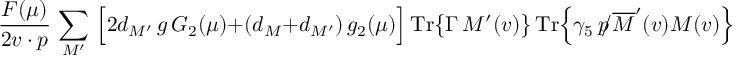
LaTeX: { \frac { F ( \mu ) } { 2 v \cdot p } } \, \sum _ { M ^ { \prime } } \, \Big [ 2 d _ { M ^ { \prime } } \, g \, { \cal { G } } _ { 2 } ( \mu ) + ( d _ { M } + d _ { M ^ { \prime } } ) \, g _ { 2 } ( \mu ) \Big ] \, \mathrm { T r } \big \{ \Gamma \, { \cal { M } } ^ { \prime } ( v ) \big \} \, \mathrm { T r } \Big \{ \gamma _ { 5 } \, \, \rlap / \! p \, \overline { { { \cal { M } } } } ^ { \prime } ( v ) { \cal { M } } ( v ) \Big \} \, .